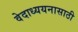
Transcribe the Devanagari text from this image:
वेदाध्ययनासाठी